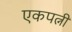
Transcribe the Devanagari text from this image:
एकपत्नी